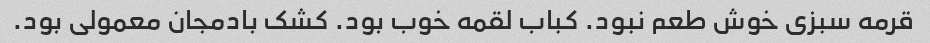
قرمه سبزی خوش طعم نبود. کباب لقمه خوب بود. کشک بادمجان معمولی بود.